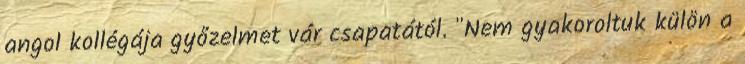
angol kollégája győzelmet vár csapatától. "Nem gyakoroltuk külön a